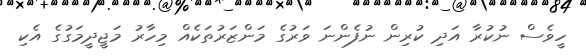
ހީވެސް ނުކުރާ އަދި ކުރިން ނުފެންނަ ވަރުގެ މަންޒަރުތަކެއް މިހާރު މަޖީދީމަގުގެ އެކި